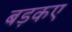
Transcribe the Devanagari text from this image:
बड़कए